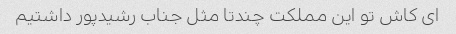
ای کاش تو این مملکت چندتا مثل جناب رشیدپور داشتیم